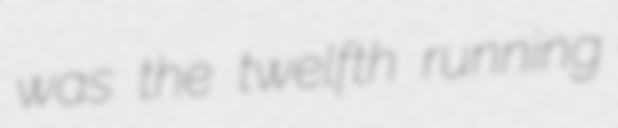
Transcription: was the twelfth running